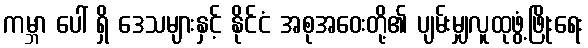
ကမ္ဘာ ပေါ် ရှိ ဒေသများနှင့် နိုင်ငံ အစုအဝေးတို့၏ ပျမ်းမျှလူထုဖွံ့ဖြိုးရေး